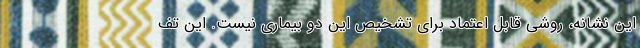
این نشانه، روشی قابل اعتماد برای تشخیص این دو بیماری نیست. این تف